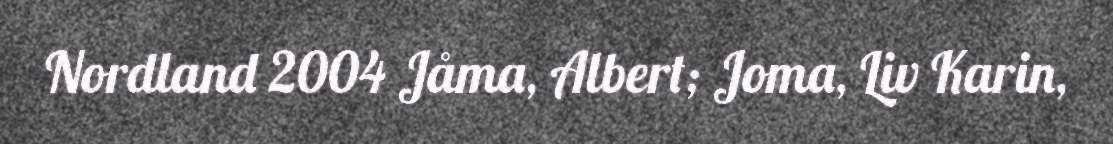
Nordland 2004 Jåma, Albert; Joma, Liv Karin,